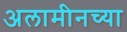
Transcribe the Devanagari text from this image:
अलामीनच्या